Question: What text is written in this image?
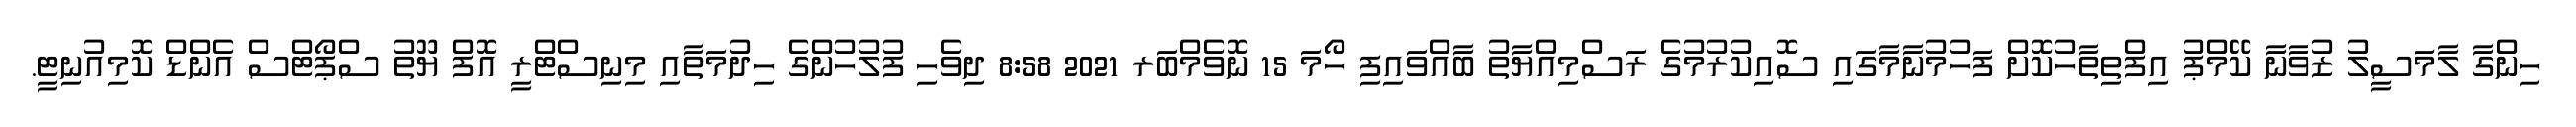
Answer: ހިންގާ ލާމަސީލު ޒުވާނާ ކޭމްޕު އިފްތިތާހުކޮށް ފަހުމުނާމާގައި ސޮއިކުރުމުގެ ރަސްމިއްޔާތު ބާއްވައިފި ހޯމަ 15 ނޮވެމްބަރ 2021 8:58 ދިވެހި ފުލުހުންގެ ހިދުމަތާއި މިނިސްޓްރީ އޮފް ޔޫތު ސްޕޯޓްސް އެންޑް ކޮމިއުނިޓީ.